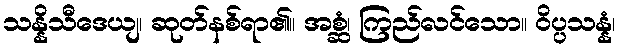
သန္နိသီဒေယျ၊ ဆုတ်နစ်ရာ၏။ အစ္ဆံ၊ ကြည်လင်သော။ ဝိပ္ပသန္နံ၊